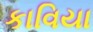
કાવિયા